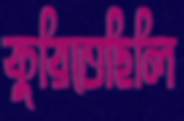
কুরিতেছিলি